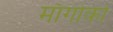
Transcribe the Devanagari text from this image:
माँगोंको